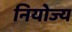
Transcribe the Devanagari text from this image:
नियोज्य